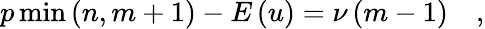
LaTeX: p\operatorname*{min}\left(n,m+1\right)-E\left(u\right)=\nu\left(m-1\right)\quad,